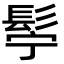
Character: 𮫂